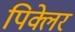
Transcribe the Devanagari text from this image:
पिक्लेर